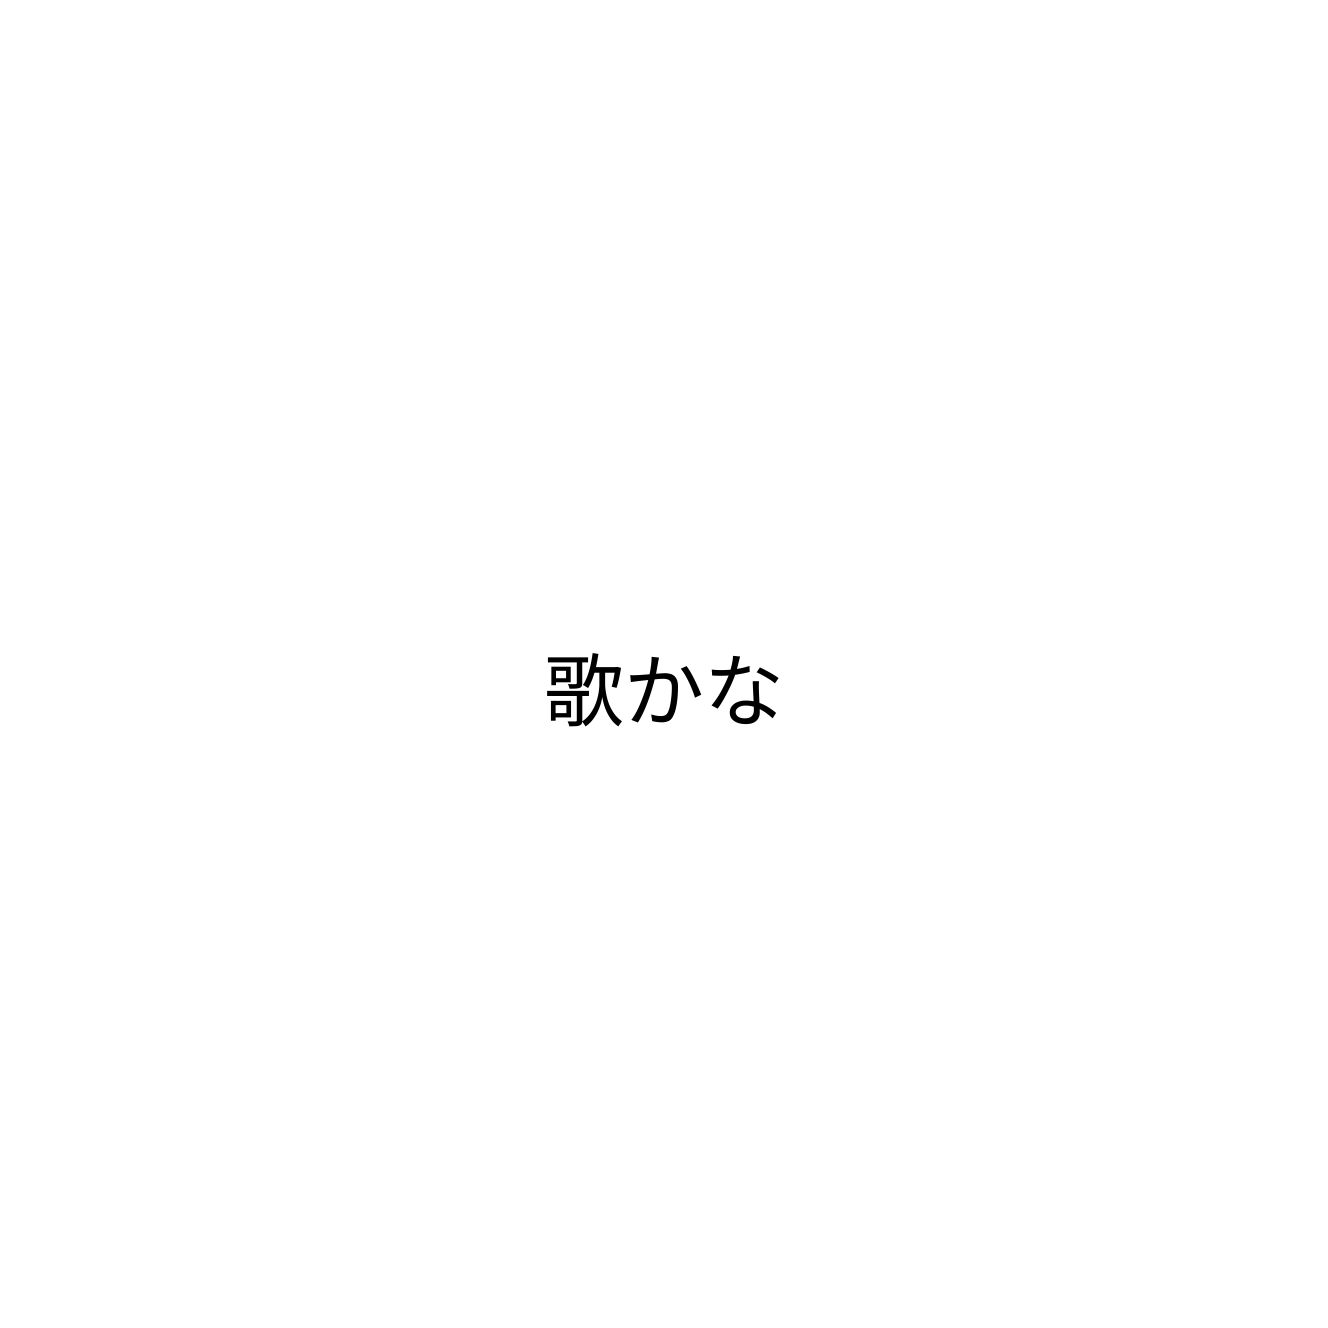
歌かな